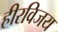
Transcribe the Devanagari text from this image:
हीरविजय